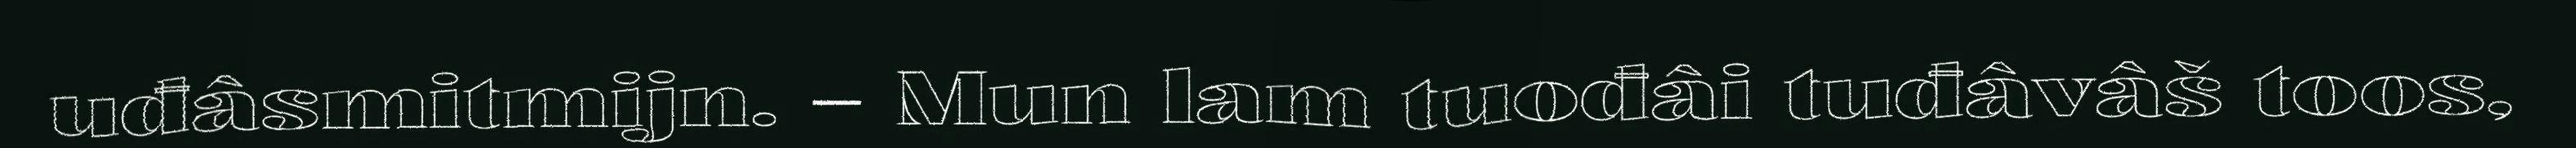
uđâsmitmijn. – Mun lam tuođâi tuđâvâš toos,